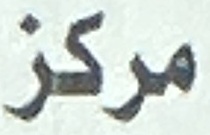
مركز